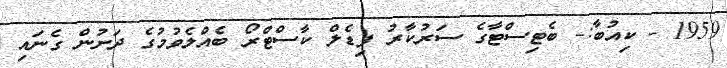
1959 - ކިއުބާ:- ބެޓިސްޓާގެ ސަރުކާރު ފިޑެލް ކާސްޓްރޯ ބެއްލެވުމުގެ ދަށުން ގެނައި